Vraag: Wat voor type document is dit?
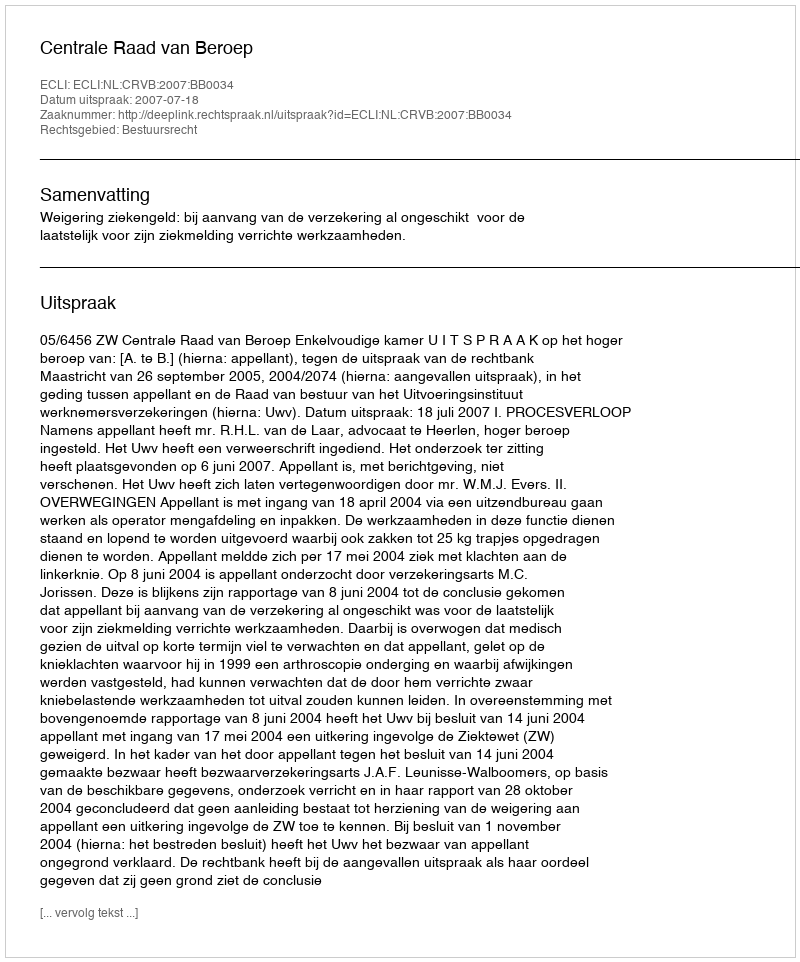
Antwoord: Uitspraak